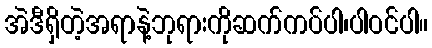
အဲဒီရှိတဲ့အရာနဲ့ဘုရားကိုဆက်ကပ်ပါ၊ပါဝင်ပါ။